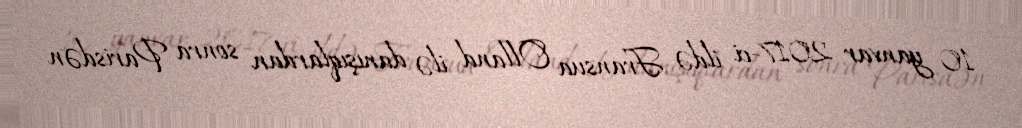
10 yanvar 2017-ci ildə Fransua Olland ilə danışıqlardan sonra Parisdən